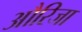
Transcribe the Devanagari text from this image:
औरिजा